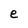
Character: e